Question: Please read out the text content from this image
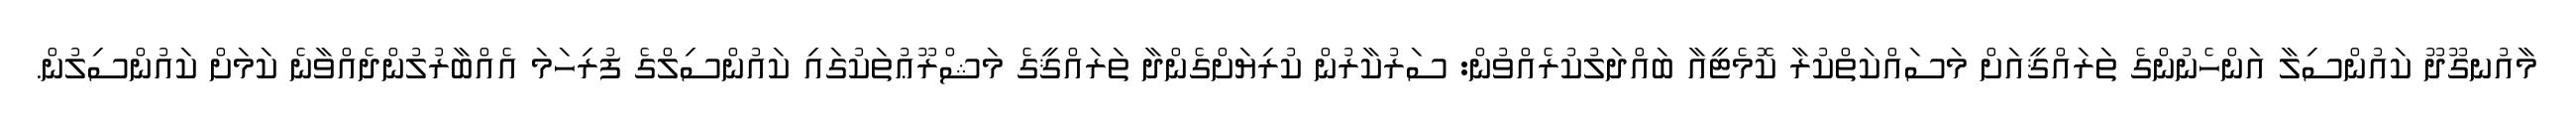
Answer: މާއުނގޫދޫ ކައުންސިލާ އަންހެނުންގެ ތަރައްޤީއަށް މަސައްކަތްކުރާ ކޮމެޓީއާ ބައްދަލުކުރެއްވުން: ސަރުކާރުން ކުރިޔަށްގެންދާ ތަރައްޤީގެ މަޝްރޫޢުތަކުގައި ކައުންސިލްގެ ފުރިހަމަ އެއްބާރުލުންދެއްވާނެ ކަމަށް ކައުންސިލުން.